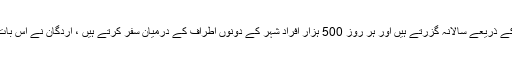
اس بیان کا اظہار کرتے ہوئے کہ اوسطا 45 ہزار بحری جہاز باسفورس کے ذریعے سالانہ گزرتے ہیں اور ہر روز 500 ہزار افراد شہر کے دونوں اطراف کے درمیان سفر کرتے ہیں ، اردگان نے اس بات پر زور دیا کہ ہر سال باسفورس اور لوگوں کی ٹریفک پر دباؤ بڑھتا ہے۔